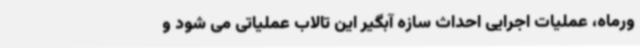
ورماه، عملیات اجرایی احداث سازه آبگیر این تالاب عملیاتی می شود و